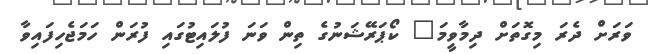
ވަރަށް ދެރަ މިގޮތަށް ދިމާވީމަ" ކޯޕަރޭޝަނުގެ ތިން ވަނަ ފުލައިޓުގައި ފުރަން ހަމަޖެހިފައިވާ